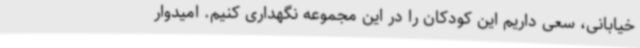
خیابانی، سعی داریم این کودکان را در این مجموعه نگهداری کنیم. امیدوار